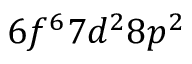
6 f ^ { 6 } 7 d ^ { 2 } 8 p ^ { 2 }